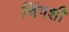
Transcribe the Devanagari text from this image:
चिंगशी